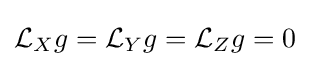
{\mathcal {L}}_{X}g={\mathcal {L}}_{Y}g={\mathcal {L}}_{Z}g=0